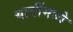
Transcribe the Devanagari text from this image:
यादींमध्ये